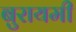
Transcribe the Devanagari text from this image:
बुरायमी